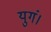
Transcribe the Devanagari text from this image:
युगं।